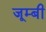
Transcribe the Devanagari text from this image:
जूम्बी